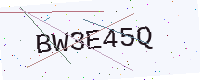
Text: BW3E45Q